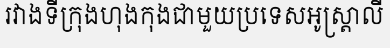
រវាងទីក្រុងហុងកុងជាមួយប្រទេសអូស្ត្រាលី